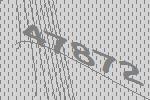
47872